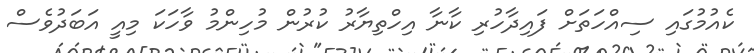
ކެއުމުގައި ސިއްހަތަށް ފައިދާހުރި ކާނާ އިހްތިޔާރު ކުރުން މުހިންމު ވާހަކަ މިއީ އަބަދުވެސް